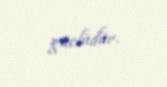
güclüdür.